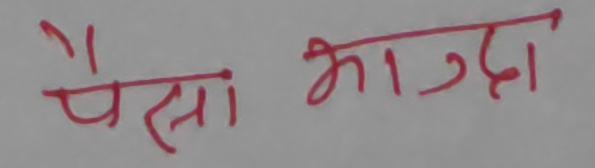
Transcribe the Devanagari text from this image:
पैसा भाग्दा